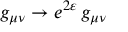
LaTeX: g _ { \mu \nu } \to e ^ { 2 \varepsilon } \, g _ { \mu \nu }